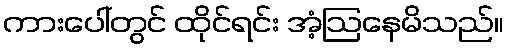
ကားပေါ်တွင် ထိုင်ရင်း အံ့ဩနေမိသည်။